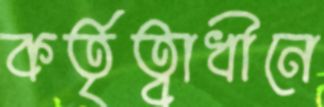
কর্তৃত্বাধীনে